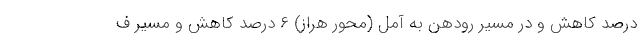
درصد کاهش و در مسیر رودهن به آمل (محور هراز) ۶ درصد کاهش و مسیر ف